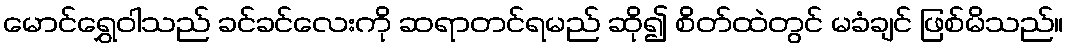
မောင်ရွှေဝါသည် ခင်ခင်လေးကို ဆရာတင်ရမည် ဆို၍ စိတ်ထဲတွင် မခံချင် ဖြစ်မိသည်။